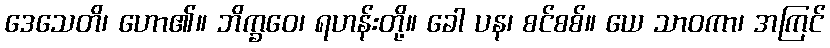
ဒေသေတိ၊ ဟော၏။ ဘိက္ခဝေ၊ ရဟန်းတို့။ ခေါ ပန၊ စင်စစ်။ ယေ သာဝကာ၊ အကြင်